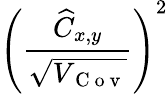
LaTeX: \left(\frac{\widehat{C}_{x,y}}{\sqrt{V_{\mathrm{~C~o~v~}}}}\right)^{2}